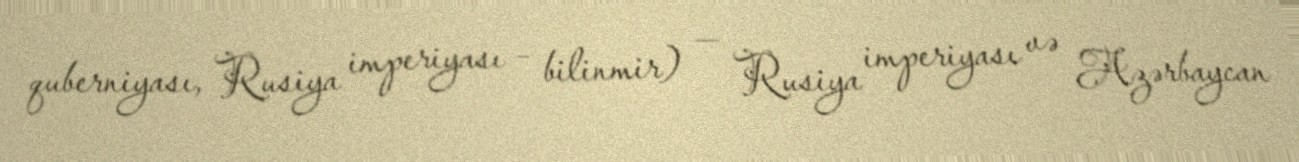
quberniyası, Rusiya imperiyası – bilinmir) — Rusiya imperiyası və Azərbaycan